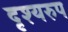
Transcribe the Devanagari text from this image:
दृश्यरुप